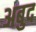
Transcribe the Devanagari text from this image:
अबुद